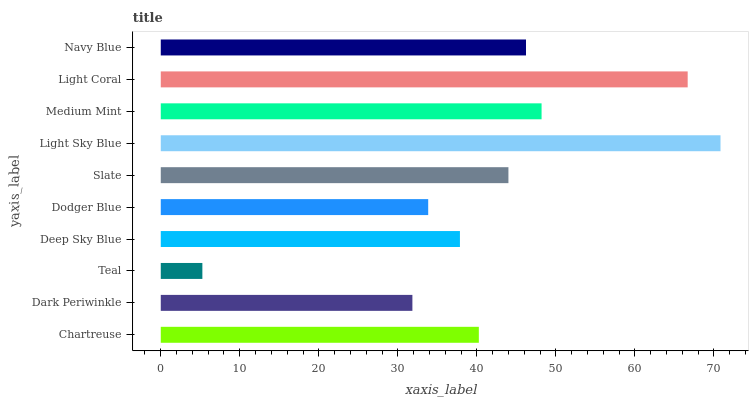
| yaxis_label | bars |
 | --- | --- |
 | Chartreuse | 40.2 |
 | Dark Periwinkle | 31.8 |
 | Teal | 5.26 |
 | Deep Sky Blue | 37.9 |
 | Dodger Blue | 33.8 |
 | Slate | 44 |
 | Light Sky Blue | 70.8 |
 | Medium Mint | 48.2 |
 | Light Coral | 66.7 |
 | Navy Blue | 46.2 |